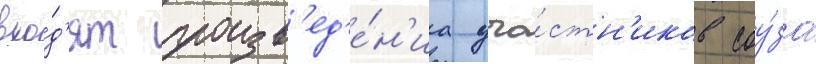
вхо́д'ят произв'ед'е́н'иа уча́стн'иков соу́за